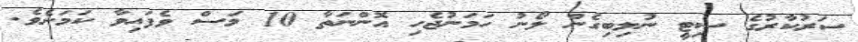
ސަރުކާރުގެ ސިޓީ ނުލިބިގެން ލޯނު ހަމަނުޖެހި އޮންނަތާ 10 މަސް ވެފައިވާ ކަމަށެވެ.